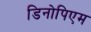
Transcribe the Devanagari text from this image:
डिनोपिएम